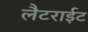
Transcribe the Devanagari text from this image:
लैटराईट